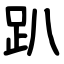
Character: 趴